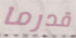
قدرما